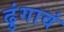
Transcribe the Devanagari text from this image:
ढुंगावं